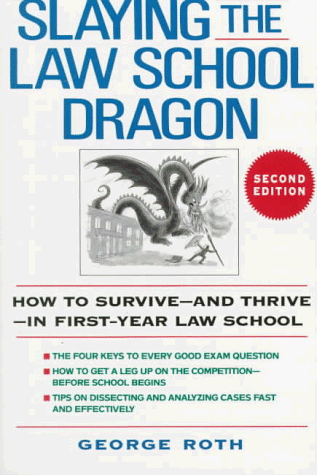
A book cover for Slaying the Law School Dragon: How to Survive--And Thrive--In First-Year Law School; George Roth; Education & Teaching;